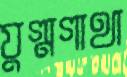
যুগ্মগাথা